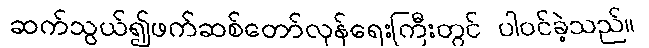
ဆက်သွယ်၍ဖက်ဆစ်တော်လှန်ရေးကြီးတွင် ပါဝင်ခဲ့သည်။